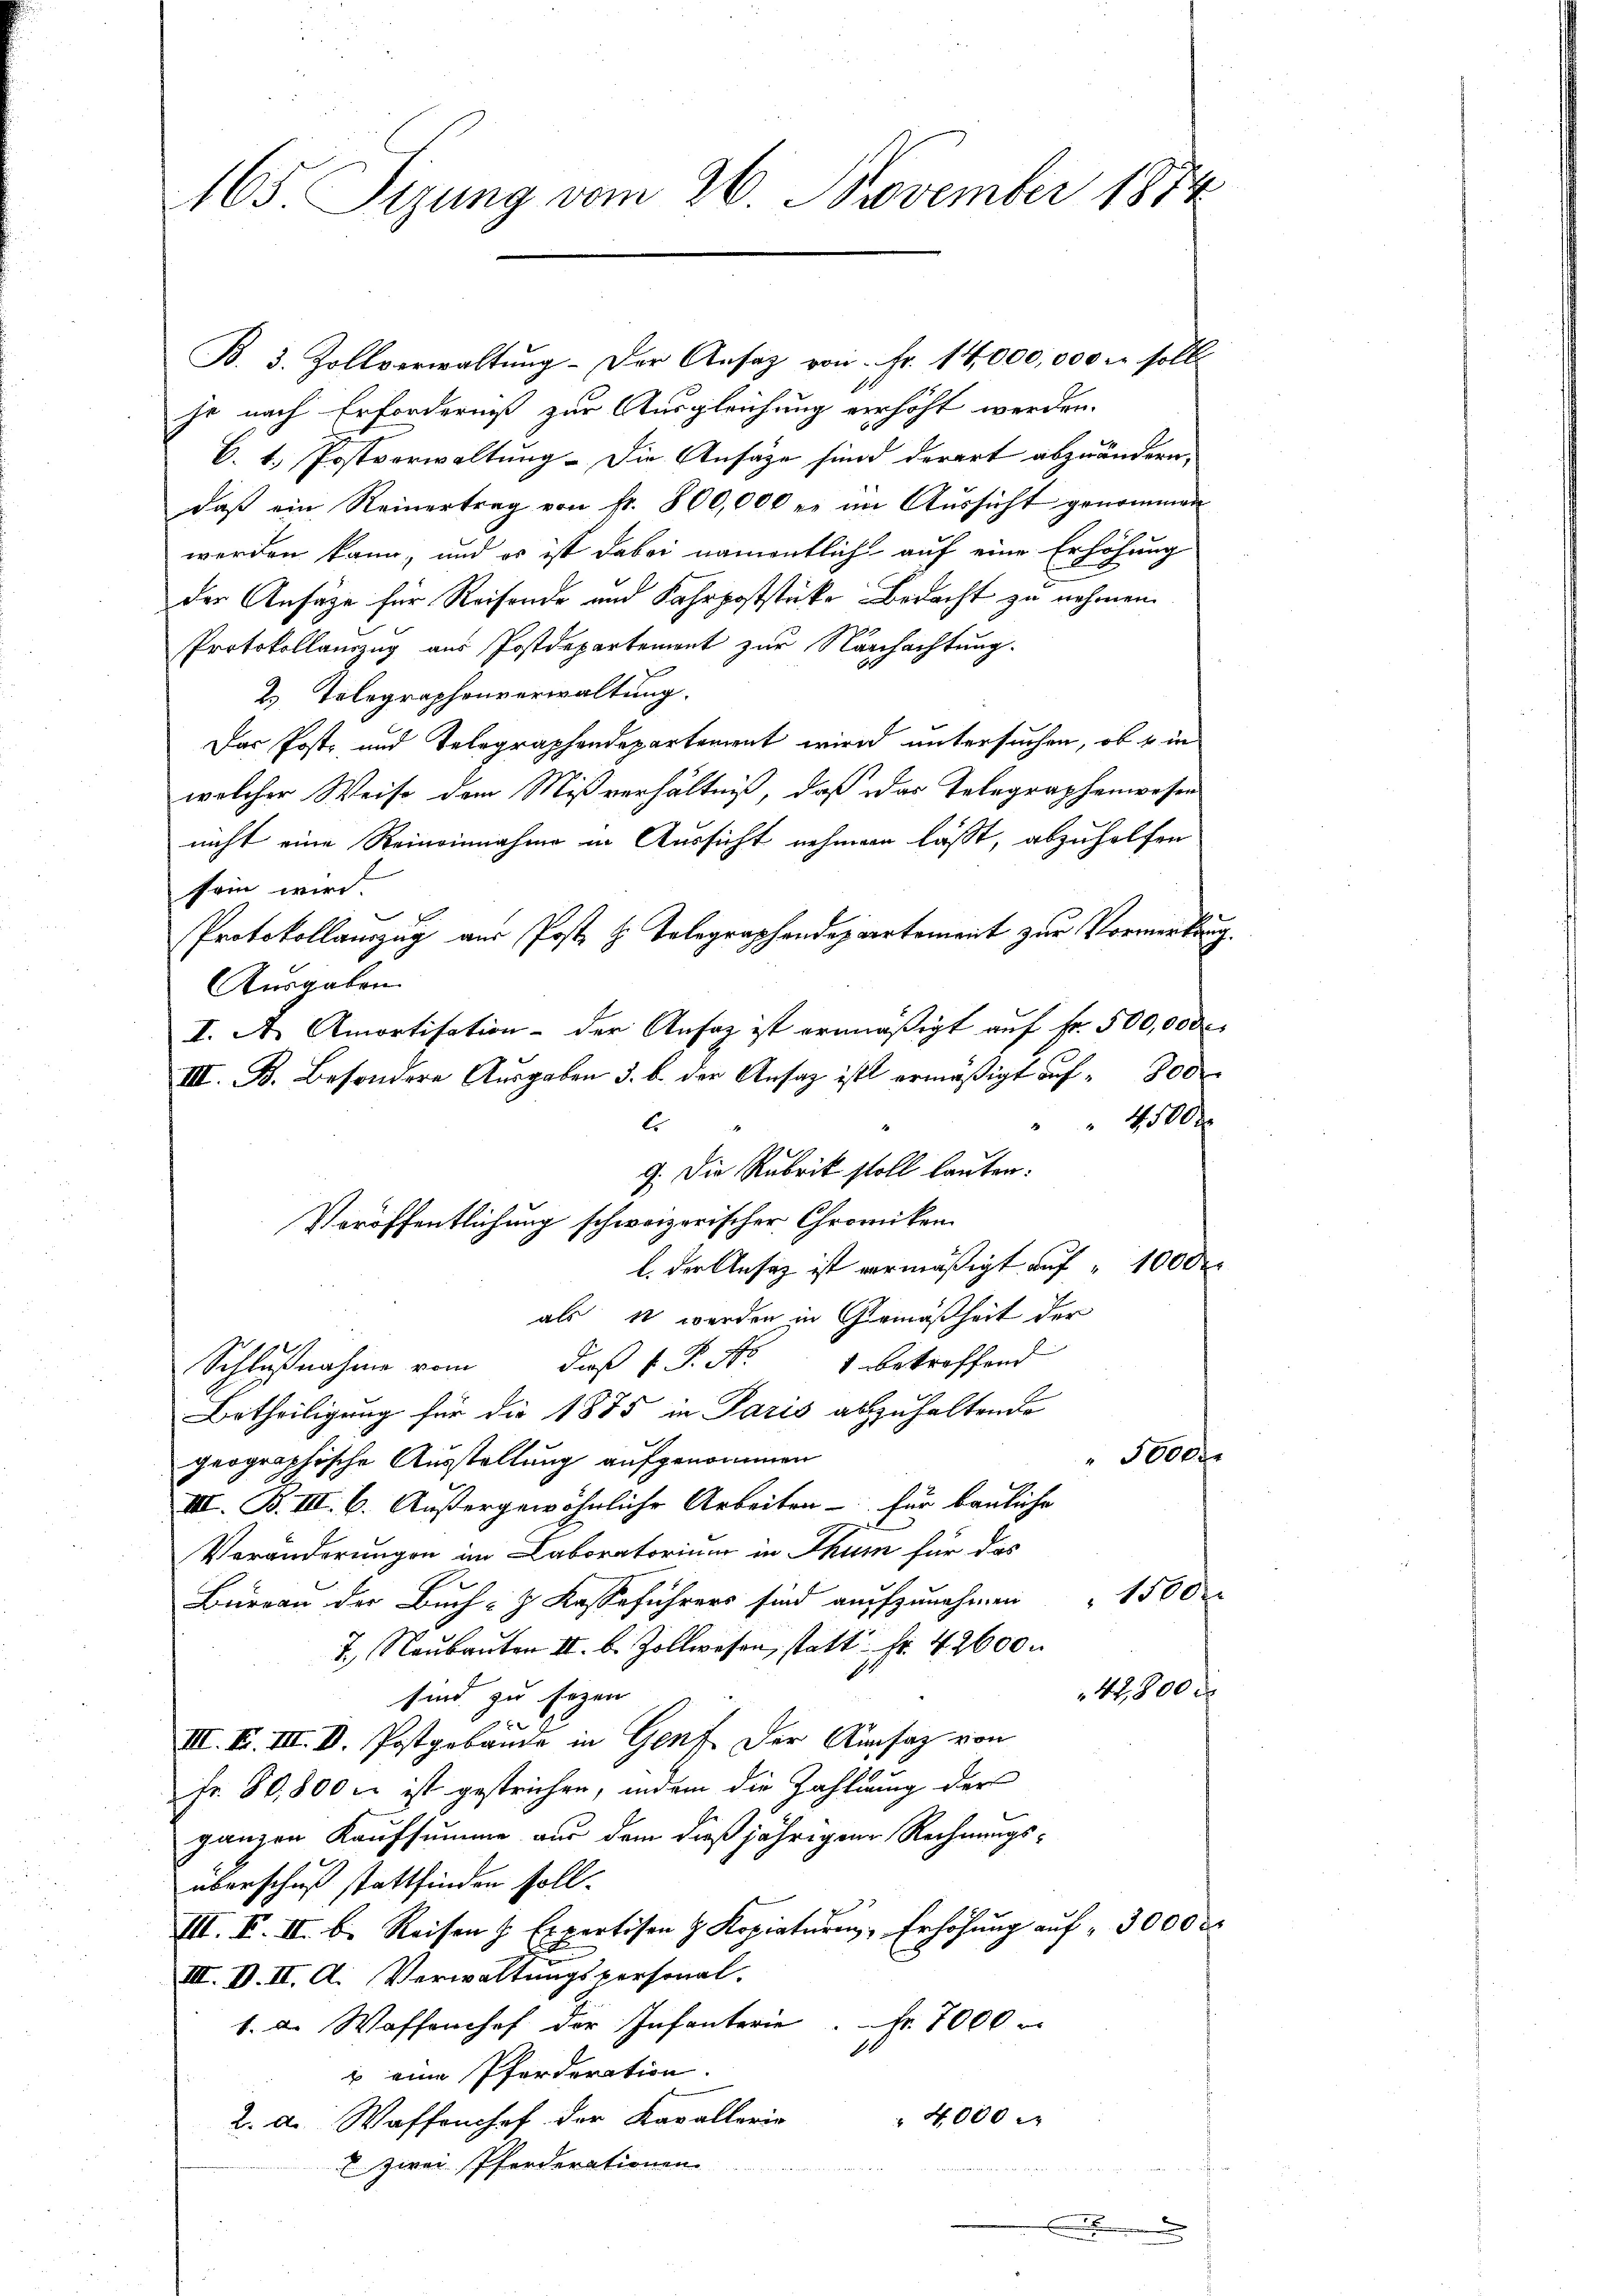
165. Sizung vom 26. November 1874

B. 3. Zollverwaltŭng der Ansaz von Fr. 14,000,000 r. soll
je nach Erforderniß zur Ausgleichung verhöht werden.
B. 1. Postverwaltung. Die Ansätze sind derart abzuändern,
daß ein Reinertrag von fr. 800,000 er im Aussicht genommen
werden kann, und es ist dabei namentlich auf eine Erhöhung
der Ansätze für Reisende und Fahrpoststücke Bedacht zu nehmen.
Protokollauszug aus Postdepartement zur Nachachtung.
2. Telegraphenverwaltung.
Das Post- und Telegraphendepartement wird untersuchen, ob u in
welcher Weise dem Mißverhältniß, daß das Telegraphenwesen
nicht eine Reineinnahme in Aussicht nehmen lässt, abzuholfen
sein wird.
.
Protokollauszug aus Post z. Telegraphendepartement zur Vormerkung.
Ausgaben.
I. A. Amortisation der Ansatz ist ermäßigt auf Fr. 500,000.
4500
E
9. Die Rubrik stoll lauten.
l. der Ansaz ist vermäßigt auf 10000
als et werden in Gemäßheit der
Schlußnahme vom daß v. P. Nr. 1 betroffend
Betheiligung für die 1875 in Paris abzuhaltende
See
geographische Ausstellung aufgenommen
VIII. B. III. 6. Außergewöhnliche Arbeiten für bauliche
Veränderungen im Laboratorium in Thum für das
Bureau der Buch- & Kasseführers sind aufzunehmen " 1500
7., Neubauten II. b. Zollwesen, statt Fr. 42600.
1800.
sind zu sagen
III. F. III. V. Postgebäude in Genf der Ausaz von
Fr. 80,800 x ist gestrichen, indem die Zahlung der
ganzen Kaufsumme aus dem dießjährigen Rechnungs-
überschuß stattfinden soll.
III. F. II. b. Reisen H. Expertisen z. Kopiaturin, Erhöhung auf 3000 r
III. V. II. A. Verwaltungspersonal.
1. d. Waffenhof der Infanterie Nr. 7000
1
1 eine Pferderation.
4000 M
2. d. Waffenhof der Kavallerie
& zwei Pferderationen.

Veröffentlichung schweizerischer Chromiken

III. B. Besondere Ausgaben 3. b. der Ansag ist ermäßigt auf 800

.